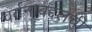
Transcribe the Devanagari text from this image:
वर्तनाबद्दलची